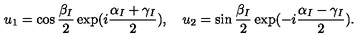
u _ { 1 } = \cos \frac { \beta _ { I } } { 2 } \exp ( i \frac { \alpha _ { I } + \gamma _ { I } } { 2 } ) , \quad u _ { 2 } = \sin \frac { \beta _ { I } } { 2 } \exp ( - i \frac { \alpha _ { I } - \gamma _ { I } } { 2 } ) .